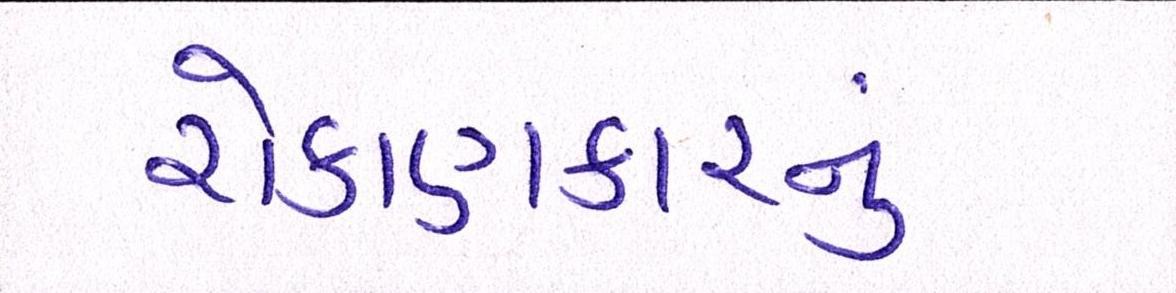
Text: રોકાણકારનું